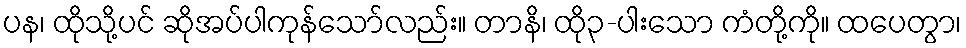
ပန၊ ထိုသို့ပင် ဆိုအပ်ပါကုန်သော်လည်း။ တာနိ၊ ထို၃-ပါးသော ကံတို့ကို။ ထပေတွာ၊